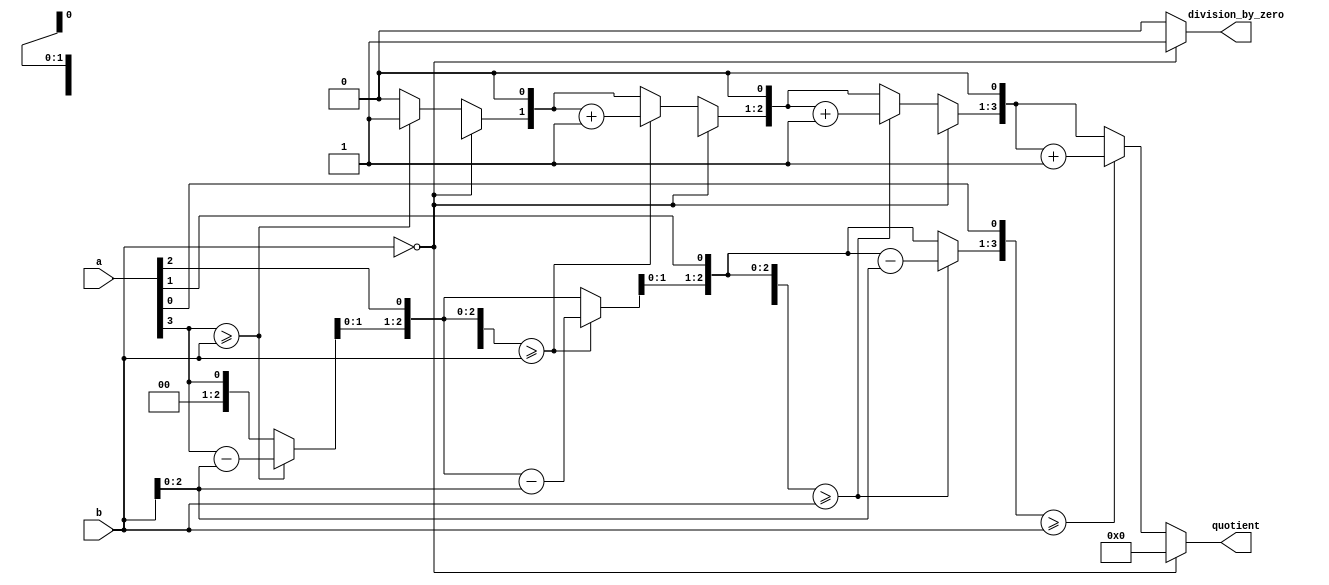
module divider_4bit(
    input [3:0] a, // Dividend
    input [3:0] b, // Divisor
    output reg [3:0] quotient,
    output reg division_by_zero
);

    integer i;
    reg [7:0] temp; // Extended bits for division

    always @(a or b) begin
        // Check for division by zero
        if (b == 0) begin
            quotient = 0;
            division_by_zero = 1;
        end else begin
            temp = {4'b0000, a}; // Initialize temp with the dividend
            quotient = 0;
            division_by_zero = 0;

            for (i = 0; i < 4; i = i + 1) begin
                temp = temp << 1; // Shift left by 1
                quotient = quotient << 1; // Shift quotient left

                // Subtract the divisor from the shifted temp
                if (temp[7:4] >= b) begin
                    temp[7:4] = temp[7:4] - b;
                    quotient = quotient + 1;
                end
            end
        end
    end
endmodule